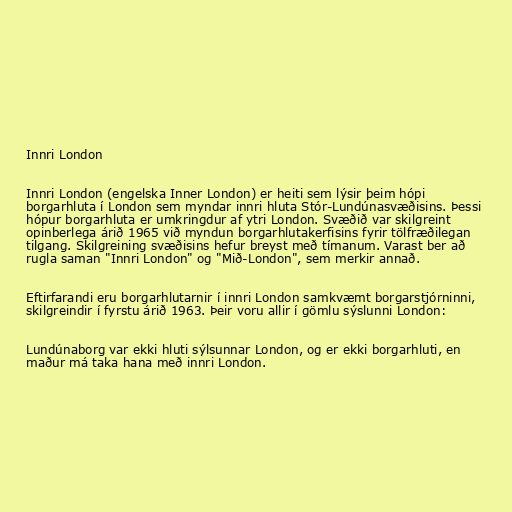
Innri London

Innri London (engelska Inner London) er heiti sem lýsir þeim hópi
borgarhluta í London sem myndar innri hluta Stór-Lundúnasvæðisins. Þessi
hópur borgarhluta er umkringdur af ytri London. Svæðið var skilgreint
opinberlega árið 1965 við myndun borgarhlutakerfisins fyrir tölfræðilegan
tilgang. Skilgreining svæðisins hefur breyst með tímanum. Varast ber að
rugla saman "Innri London" og "Mið-London", sem merkir annað.

Eftirfarandi eru borgarhlutarnir í innri London samkvæmt borgarstjórninni,
skilgreindir í fyrstu árið 1963. Þeir voru allir í gömlu sýslunni London:

Lundúnaborg var ekki hluti sýlsunnar London, og er ekki borgarhluti, en
maður má taka hana með innri London.